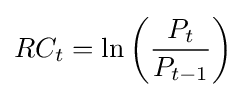
RC_{t}=\ln \left({\frac {P_{t}}{P_{t-1}}}\right)